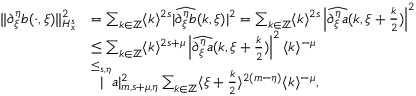
\begin{array} { r l } { \rVert \partial _ { \xi } ^ { \eta } \mathfrak { b } ( \cdot , \xi ) \rVert _ { H _ { x } ^ { s } } ^ { 2 } } & { = \sum _ { k \in \mathbb { Z } } \langle k \rangle ^ { 2 s } | \widehat { \partial _ { \xi } ^ { \eta } \mathfrak { b } } ( k , \xi ) | ^ { 2 } = \sum _ { k \in \mathbb { Z } } \langle k \rangle ^ { 2 s } \left| \widehat { \partial _ { \xi } ^ { \eta } \mathfrak { a } } ( k , \xi + \frac { k } 2 ) \right| ^ { 2 } } \\ & { \le \sum _ { k \in \mathbb { Z } } \langle k \rangle ^ { 2 s + \mu } \left| \widehat { \partial _ { \xi } ^ { \eta } \mathfrak { a } } ( k , \xi + \frac { k } 2 ) \right| ^ { 2 } \langle k \rangle ^ { - \mu } } \\ & { \overset { \le _ { s , \eta } } | \mathfrak { a } | _ { m , s + \mu , \eta } ^ { 2 } \sum _ { k \in \mathbb { Z } } \langle \xi + \frac { k } { 2 } \rangle ^ { 2 ( m - \eta ) } \langle k \rangle ^ { - \mu } , } \end{array}